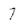
Character: 7